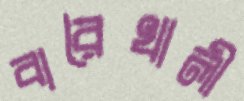
বারৈখালী